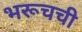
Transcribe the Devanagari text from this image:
भरूचची